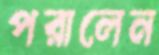
পরালেন